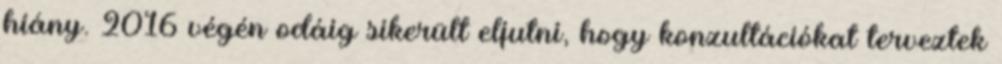
hiány. 2016 végén odáig sikerült eljutni, hogy konzultációkat terveztek